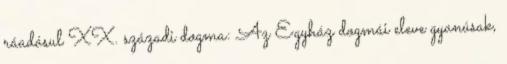
ráadásul XX. századi dogma: Az Egyház dogmái eleve gyanúsak,